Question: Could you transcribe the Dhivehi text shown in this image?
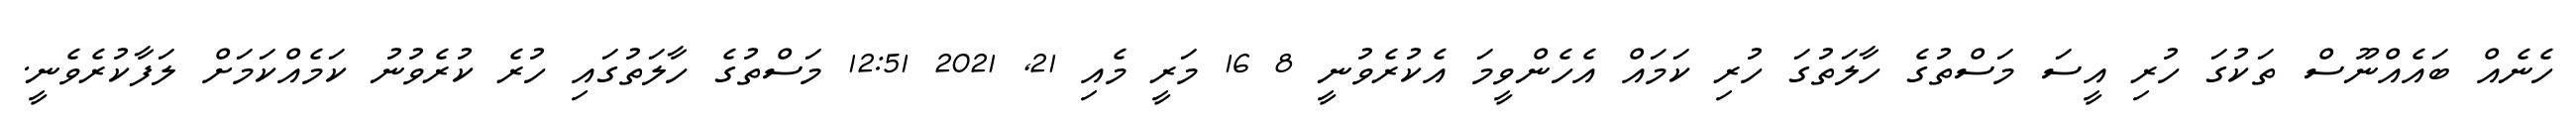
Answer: ހެނެއް ބައެއްނޫސް ތަކުގަ ހުރި އީސަ މަސްތުގެ ހާލަތުގަ ހުރި ކަމައް އެހެންވީމަ އެކުރެވުނީ 8 16 މަރީ މެއި 21, 2021 12:51 މަސްތުގެ ހާލަތުގައި ހުރެ ކުރެވުނު ކަމެއްކަމަށް ލަފާކުރެވެނީ.